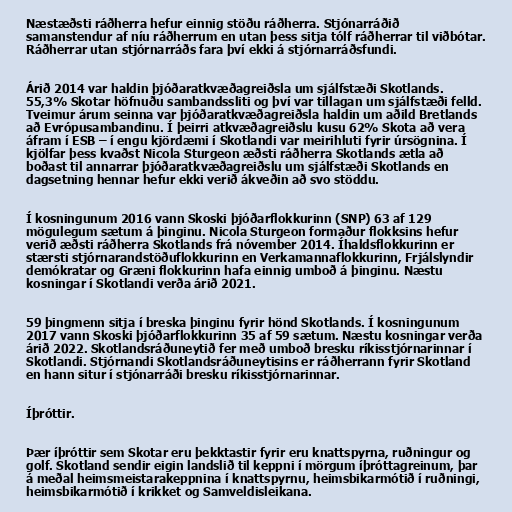
Næstæðsti ráðherra hefur einnig stöðu ráðherra. Stjónarráðið
samanstendur af níu ráðherrum en utan þess sitja tólf ráðherrar til viðbótar.
Ráðherrar utan stjórnarráðs fara því ekki á stjórnarráðsfundi.

Árið 2014 var haldin þjóðaratkvæðagreiðsla um sjálfstæði Skotlands.
55,3% Skotar höfnuðu sambandssliti og því var tillagan um sjálfstæði felld.
Tveimur árum seinna var þjóðaratkvæðagreiðsla haldin um aðild Bretlands
að Evrópusambandinu. Í þeirri atkvæðagreiðslu kusu 62% Skota að vera
áfram í ESB – í engu kjördæmi í Skotlandi var meirihluti fyrir úrsögnina. Í
kjölfar þess kvaðst Nicola Sturgeon æðsti ráðherra Skotlands ætla að
boðast til annarrar þjóðaratkvæðagreiðslu um sjálfstæði Skotlands en
dagsetning hennar hefur ekki verið ákveðin að svo stöddu.

Í kosningunum 2016 vann Skoski þjóðarflokkurinn (SNP) 63 af 129
mögulegum sætum á þinginu. Nicola Sturgeon formaður flokksins hefur
verið æðsti ráðherra Skotlands frá nóvember 2014. Íhaldsflokkurinn er
stærsti stjórnarandstöðuflokkurinn en Verkamannaflokkurinn, Frjálslyndir
demókratar og Græni flokkurinn hafa einnig umboð á þinginu. Næstu
kosningar í Skotlandi verða árið 2021.

59 þingmenn sitja í breska þinginu fyrir hönd Skotlands. Í kosningunum
2017 vann Skoski þjóðarflokkurinn 35 af 59 sætum. Næstu kosningar verða
árið 2022. Skotlandsráðuneytið fer með umboð bresku ríkisstjórnarinnar í
Skotlandi. Stjórnandi Skotlandsráðuneytisins er ráðherrann fyrir Skotland
en hann situr í stjónarráði bresku ríkisstjórnarinnar.

Íþróttir.

Þær íþróttir sem Skotar eru þekktastir fyrir eru knattspyrna, ruðningur og
golf. Skotland sendir eigin landslið til keppni í mörgum íþróttagreinum, þar
á meðal heimsmeistarakeppnina í knattspyrnu, heimsbikarmótið í ruðningi,
heimsbikarmótið í krikket og Samveldisleikana.